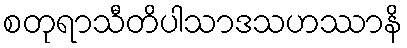
စတုရာသီတိပါသာဒသဟဿာနိ